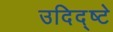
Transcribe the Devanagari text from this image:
उदिद्ष्टे